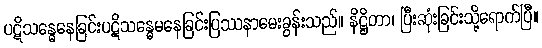
ပဋိသန္ဓေနေခြင်းပဋိသန္ဓေမနေခြင်းပြဿနာမေးခွန်းသည်။ နိဋ္ဌိတာ၊ ပြီးဆုံးခြင်းသို့ရောက်ပြီ။